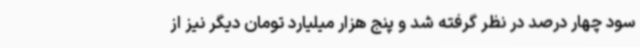
سود چهار درصد در نظر گرفته شد و پنج هزار میلیارد تومان دیگر نیز از